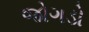
જોગડો